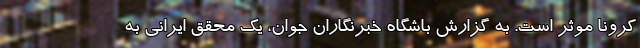
کرونا موثر است. به گزارش باشگاه خبرنگاران جوان، یک محقق ایرانی به